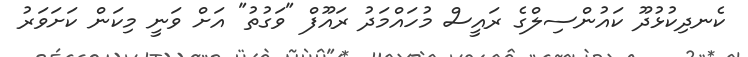
ކެނދިކުޅުދޫ ކައުންސިލްގެ ރައީސް މުހައްމަދު ރައޫފް "ވަގުތު" އަށް ވަނީ މިކަން ކަށަވަރު